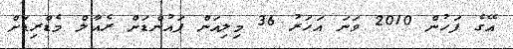
އޭގެ ފަހުން 2010 ވަނަ އަހަރު 36 މިލިއަން ޕައުންޑަށް ރެއާލް މެޑްރިޑަށް